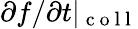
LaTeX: {\partial f}/{\partial t}|_{\mathrm{~c~o~l~l~}}